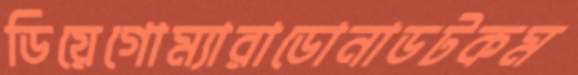
ডিয়েগোম্যারাডোনাডটকম